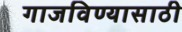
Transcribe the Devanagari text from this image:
गाजविण्यासाठी